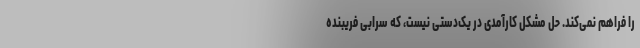
را فراهم نمی‌کند. حل مشکل کارآمدی در یک‌دستی نیست، که سرابی فریبنده